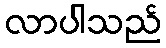
လာပါသည်